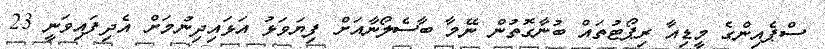
ސްޕެއިންގެ މީޑިއާ ރިޕޯޓުތައް ބުނާގޮތުން ނޭމާ ބާސެލޯނާއަށް ފިޔަވަޅު އަޅައިދިނުމަށް އެދިފައިވަނީ 23